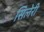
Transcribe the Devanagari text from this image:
सिलेरी